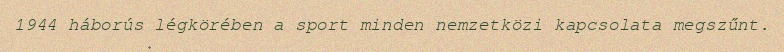
1944 háborús légkörében a sport minden nemzetközi kapcsolata megszűnt.